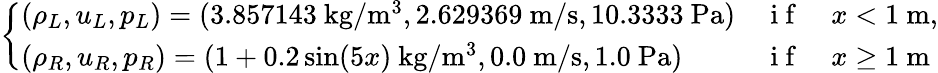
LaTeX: \left\{ \begin{array}{lll}{\left(\rho_{L},u_{L},p_{L}\right)=(3.857143\mathrm{~kg}/\mathrm{m}^{3},2.629369\mathrm{~m}/\mathrm{s},10.3333\mathrm{~Pa})}&{\mathrm{~i~f~}}&{x<1\mathrm{~m},}\\ {\left(\rho_{R},u_{R},p_{R}\right)=(1+0.2\sin(5x)\mathrm{~kg}/\mathrm{m}^{3},0.0\mathrm{~m}/\mathrm{s},1.0\mathrm{~Pa})}&{\mathrm{~i~f~}}&{x\geq 1\mathrm{~m}}\end{array}\right.